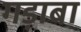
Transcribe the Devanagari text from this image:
गड़ाबा